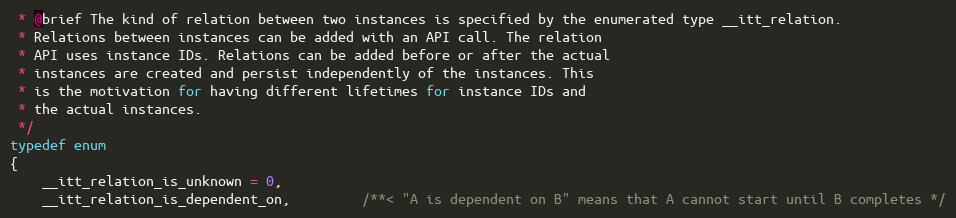
Language: C
 * @brief The kind of relation between two instances is specified by the enumerated type __itt_relation.
 * Relations between instances can be added with an API call. The relation
 * API uses instance IDs. Relations can be added before or after the actual
 * instances are created and persist independently of the instances. This
 * is the motivation for having different lifetimes for instance IDs and
 * the actual instances.
 */
typedef enum
{
    __itt_relation_is_unknown = 0,
    __itt_relation_is_dependent_on,         /**< "A is dependent on B" means that A cannot start until B completes */